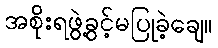
အစိုးရဖွဲ့ခွင့်မပြုခဲ့ချေ။